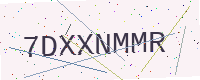
Text: 7DXXNMMR